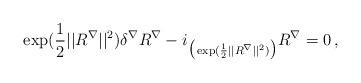
LaTeX: \begin{align*}\exp (\frac 12||R ^\nabla ||^2)\delta ^\nabla R^\nabla -i_{ \big( \exp (\frac 12||R^\nabla ||^2)\big)}R^\nabla =0\, , \end{align*}